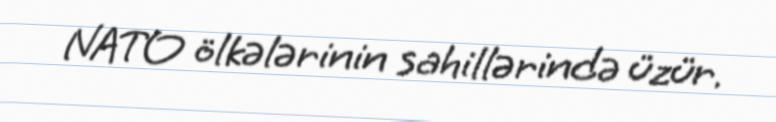
NATO ölkələrinin sahillərində üzür.